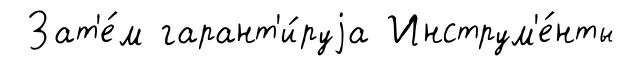
Зат'е́м гарант'и́руjа Инструм'е́нты